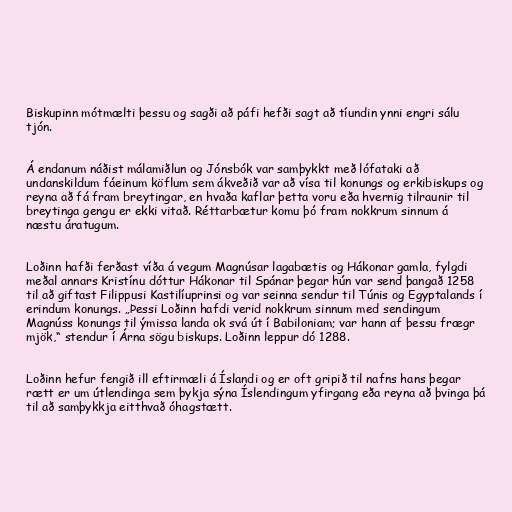
Biskupinn mótmælti þessu og sagði að páfi hefði sagt að tíundin ynni engri sálu
tjón.

Á endanum náðist málamiðlun og Jónsbók var samþykkt með lófataki að
undanskildum fáeinum köflum sem ákveðið var að vísa til konungs og erkibiskups og
reyna að fá fram breytingar, en hvaða kaflar þetta voru eða hvernig tilraunir til
breytinga gengu er ekki vitað. Réttarbætur komu þó fram nokkrum sinnum á
næstu áratugum.

Loðinn hafði ferðast víða á vegum Magnúsar lagabætis og Hákonar gamla, fylgdi
meðal annars Kristínu dóttur Hákonar til Spánar þegar hún var send þangað 1258
til að giftast Filippusi Kastilíuprinsi og var seinna sendur til Túnis og Egyptalands í
erindum konungs. „Þessi Loðinn hafdi verid nokkrum sinnum med sendingum
Magnúss konungs til ýmissa landa ok svá út í Babiloniam; var hann af þessu frægr
mjök,“ stendur í Árna sögu biskups. Loðinn leppur dó 1288.

Loðinn hefur fengið ill eftirmæli á Íslandi og er oft gripið til nafns hans þegar
rætt er um útlendinga sem þykja sýna Íslendingum yfirgang eða reyna að þvinga þá
til að samþykkja eitthvað óhagstætt.